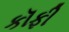
કૉફી